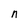
Character: n